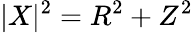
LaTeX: |X|^{2}=R^{2}+Z^{2}